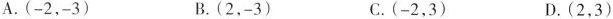
A.(-2.-3) B.(2，-3) C.(-2，3) D.(2，3)